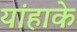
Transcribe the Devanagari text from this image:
यांहाके